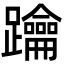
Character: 䠯